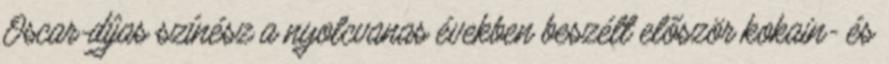
Oscar-díjas színész a nyolcvanas években beszélt először kokain- és